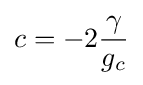
c=-2{\frac {\gamma }{g_{c}}}